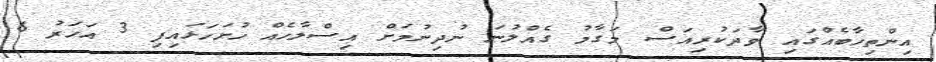
އިންތިހާބެއްގައި ވާދަކުރިއަސް މަގާމު ގެއްލުނަ ނުދިނުމަށް އިސްލާހެއް ހުށަހަޅައިފި 3 އަހަރު 6